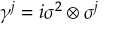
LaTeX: \gamma ^ { j } = i \sigma ^ { 2 } \otimes \sigma ^ { j }